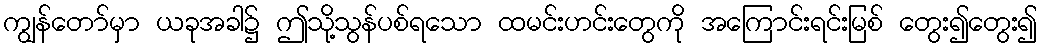
ကျွန်တော်မှာ ယခုအခါ၌ ဤသို့သွန်ပစ်ရသော ထမင်းဟင်းတွေကို အကြောင်းရင်းမြစ် တွေး၍တွေး၍